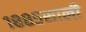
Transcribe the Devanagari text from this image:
१८८५साली